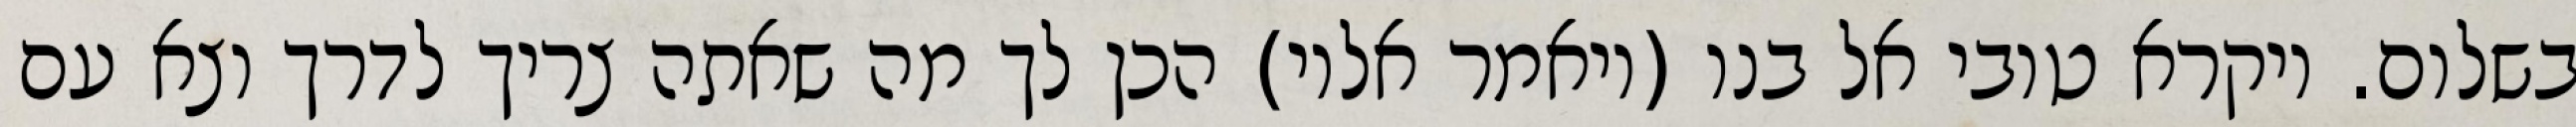
בשלום. ויקרא טובי אל בנו (ויאמר אליו) הכן לך מה שאתה צריך לדרך וצא עם